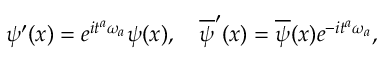
{ \psi } ^ { \prime } ( x ) = e ^ { i { t } ^ { a } { \omega } _ { a } } { \psi } ( x ) , \ \ \ \overline { { { \psi } } } ^ { \prime } ( x ) = \overline { { { \psi } } } ( x ) e ^ { - i { t } ^ { a } { \omega } _ { a } } ,